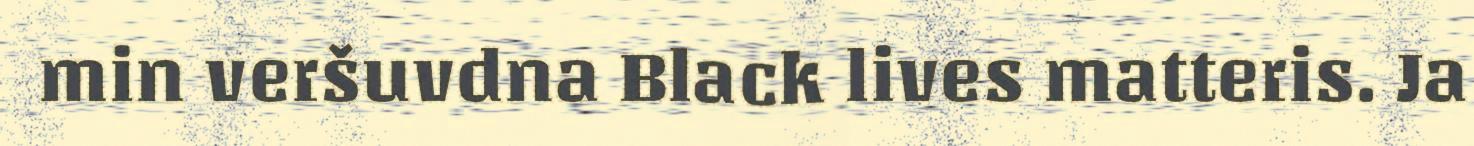
min veršuvdna Black lives matteris. Ja